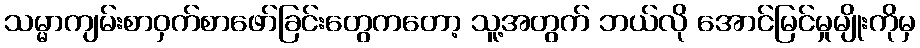
သမ္မာကျမ်းစာဝှက်စာဖော်ခြင်းတွေကတော့ သူ့အတွက် ဘယ်လို အောင်မြင်မှုမျိုးကိုမှ